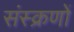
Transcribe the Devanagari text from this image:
संस्क्रणों